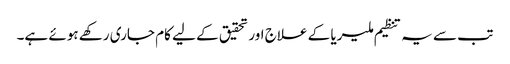
تب سے یہ تنظیم ملیریا کے علاج اور تحقیق کے لیے کام جاری رکھے ہوئے ہے۔